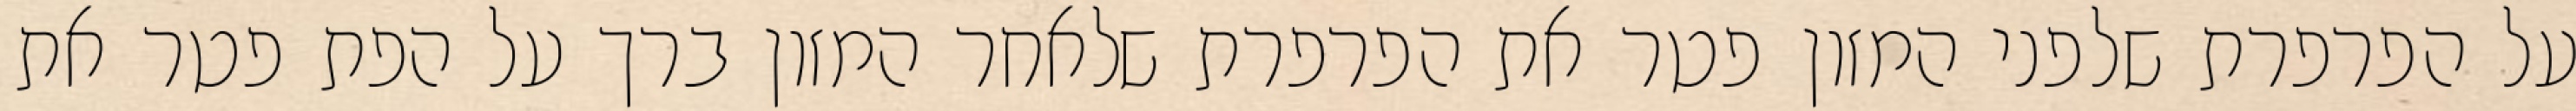
על הפרפרת שלפני המזון פטר את הפרפרת שלאחר המזון ברך על הפת פטר את